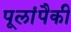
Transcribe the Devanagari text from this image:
पूलांपैकी